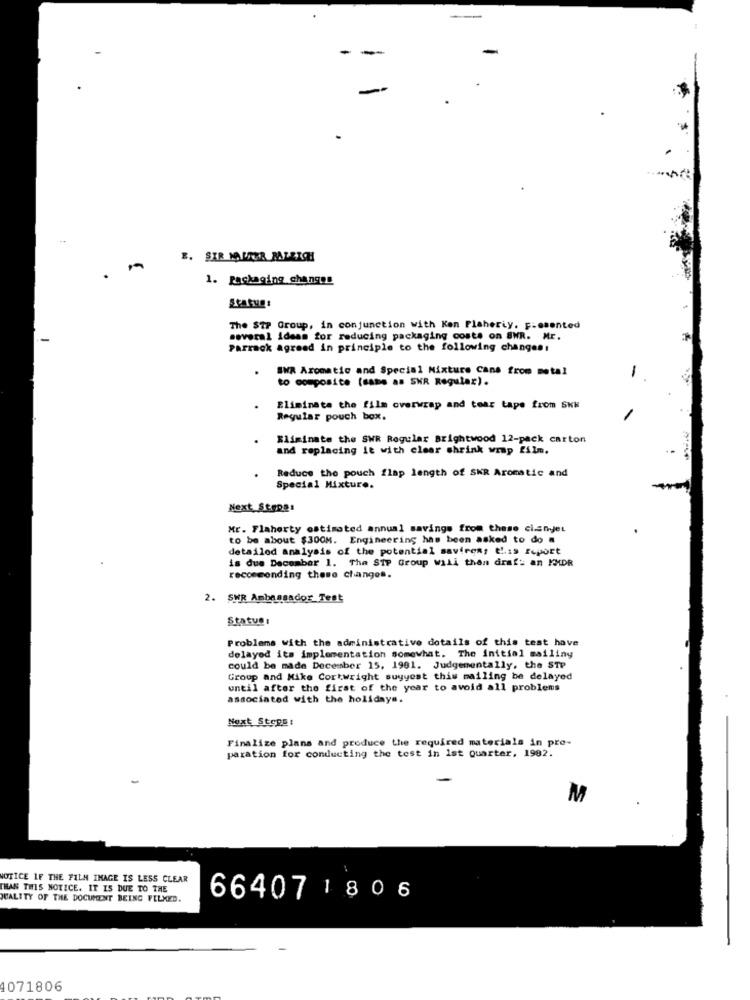
-
-
E. SIR MALFOR RALEIGH
1. packaging changes
The STP Group, in conjunction with Ken Flaherty. F.esented
-
several ideas for reducing packaging costs on SWR. Mr.
Parrack agreed in principle to the following changes:
SWR Aromatic and Special Mixture cans from metal
.
to composite (same as SKR Regular).
-
Eliminate the film overwrap and tear tape from SKk
Regular pouch box.
Eliminate the SWR Regular Brightwood 12-pack carton
and replacing it with clear shrink wrap film.
Reduce the pouch flap length of SWR Aromatic and
Special Mixture.
Next Stepg:
Mr. Flaherty estimated annual savings from these cianjet
to be about $300M. Engineering has been asked to do a
detailed analysis of the potential savires; this report
is due December 1. The SIP Group Will then draft an KMDR
recommending these changes.
2. SWR Ambassador Test
Statue :
Problems with the administrative details of this test have
delayed its implementation somewhat. The initial mailing
could be made December 15, 1981. Judgementally, the STP
Group and Mike Cortwright suyyest this mailing be delayed
until after the first of the year to avoid all problems
associated with the holidays.
Next Steps:
Finalize plans and produce the required materials in pro-
paration for conducting the test in ist Quarter, 1982.
M
NOTICE IF THE FILM IMAGE IS LESS CLEAR
THAN THIS NOTICE. IT IS DUE TO THE
QUALITY OF THE DOCUMENT BEING FILMED.
66407 1806
1071806